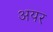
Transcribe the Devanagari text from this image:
अयर